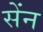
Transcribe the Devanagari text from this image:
सेंन